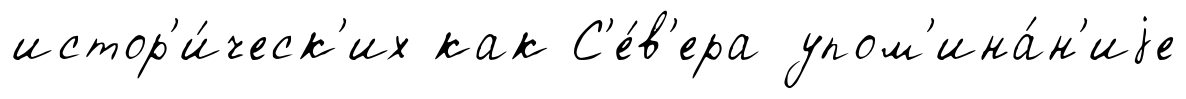
истор'и́ческ'их как С'е́в'ера упом'ина́н'иjе